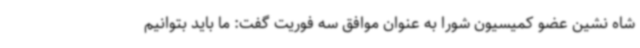
شاه نشین عضو کمیسیون شورا به عنوان موافق سه فوریت گفت: ما باید بتوانیم